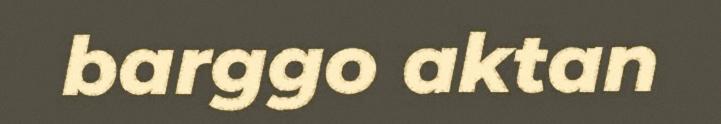
barggo aktan